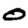
Digit: 0